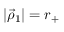
| \vec { \rho } _ { 1 } | = r _ { + }